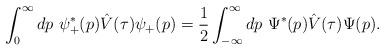
LaTeX: \begin{align*}\int_0^\infty dp\,\,\psi_+^*(p)\hat V(\tau)\psi_+(p)=\frac{1}{2}\int_{-\infty}^\infty dp\,\,\Psi^*(p)\hat V(\tau)\Psi(p).\end{align*}